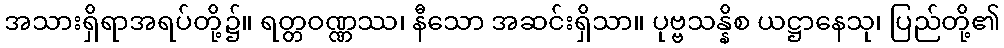
အသားရှိရာအရပ်တို့၌။ ရတ္တဝဏ္ဏဿ၊ နီသော အဆင်းရှိသာ။ ပုဗ္ဗသန္နိစ ယဋ္ဌာနေသု၊ ပြည်တို့၏